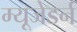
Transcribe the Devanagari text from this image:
म्यूजेडर्न